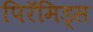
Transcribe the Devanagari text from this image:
पिरॅमिड्स